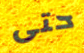
حتى